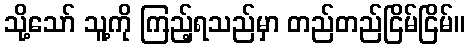
သို့သော် သူ့ကို ကြည့်ရသည်မှာ တည်တည်ငြိမ်ငြိမ်။